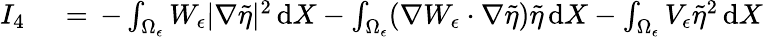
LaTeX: \begin{array}{rl}{I_{4}\, }&{{}=\, -\int_{\Omega_{\epsilon}}W_{\epsilon}|\nabla\tilde{\eta}|^{2}\, \mathrm{d}X-\int_{\Omega_{\epsilon}}(\nabla W_{\epsilon}\cdot\nabla\tilde{\eta})\tilde{\eta}\, \mathrm{d}X-\int_{\Omega_{\epsilon}}V_{\epsilon}\tilde{\eta}^{2}\, \mathrm{d}X}\end{array}